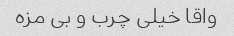
واقا خیلی چرب و بی مزه